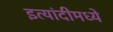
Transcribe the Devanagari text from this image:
इत्यांदीमध्ये